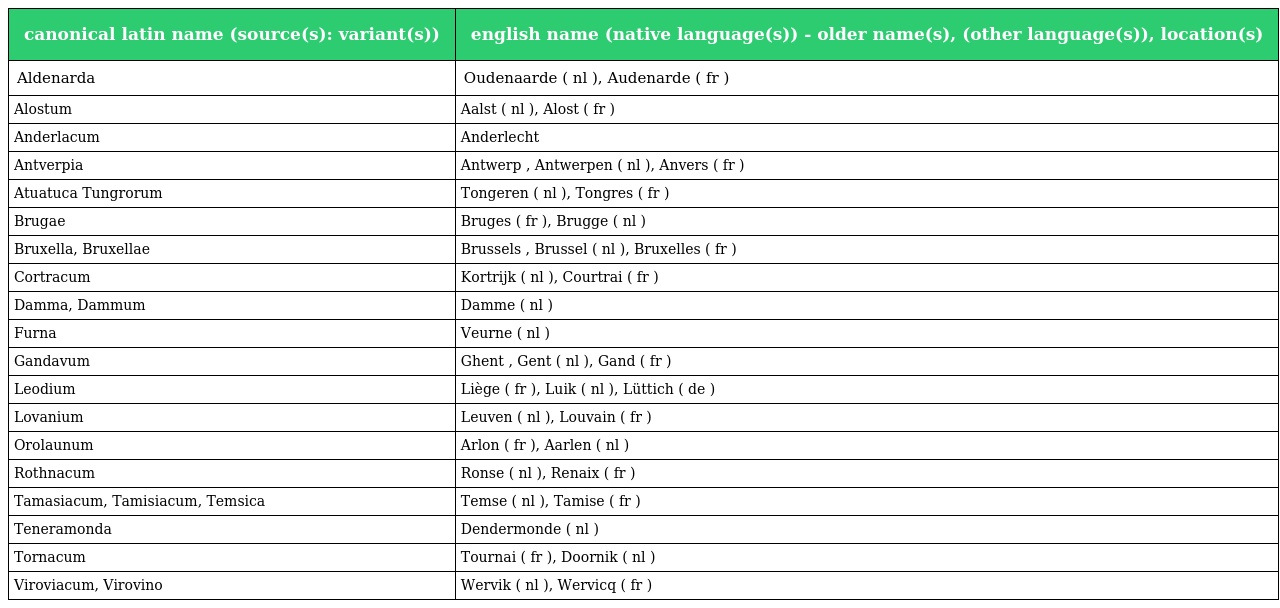
| canonical latin name (source(s): variant(s)) | english name (native language(s)) - older name(s), (other language(s)), location(s) |
 | --- | --- |
 | Aldenarda | Oudenaarde ( nl ), Audenarde ( fr ) |
 | Alostum | Aalst ( nl ), Alost ( fr ) |
 | Anderlacum | Anderlecht |
 | Antverpia | Antwerp , Antwerpen ( nl ), Anvers ( fr ) |
 | Atuatuca Tungrorum | Tongeren ( nl ), Tongres ( fr ) |
 | Brugae | Bruges ( fr ), Brugge ( nl ) |
 | Bruxella, Bruxellae | Brussels , Brussel ( nl ), Bruxelles ( fr ) |
 | Cortracum | Kortrijk ( nl ), Courtrai ( fr ) |
 | Damma, Dammum | Damme ( nl ) |
 | Furna | Veurne ( nl ) |
 | Gandavum | Ghent , Gent ( nl ), Gand ( fr ) |
 | Leodium | Liège ( fr ), Luik ( nl ), Lüttich ( de ) |
 | Lovanium | Leuven ( nl ), Louvain ( fr ) |
 | Orolaunum | Arlon ( fr ), Aarlen ( nl ) |
 | Rothnacum | Ronse ( nl ), Renaix ( fr ) |
 | Tamasiacum, Tamisiacum, Temsica | Temse ( nl ), Tamise ( fr ) |
 | Teneramonda | Dendermonde ( nl ) |
 | Tornacum | Tournai ( fr ), Doornik ( nl ) |
 | Viroviacum, Virovino | Wervik ( nl ), Wervicq ( fr ) |